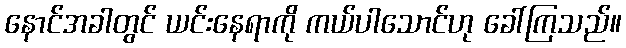
နောင်အခါတွင် ယင်းနေရာကို ကယ်ပါသောင်ဟု ခေါ်ကြသည်။